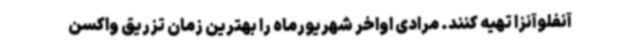
آنفلوآنزا تهیه کنند. مرادی اواخر شهریورماه را بهترین زمان تزریق واکسن